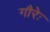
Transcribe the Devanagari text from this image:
गौरेः